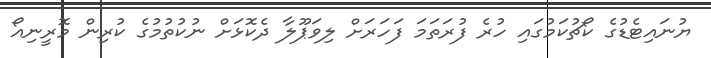
ޔުނައިޓެޑުގެ ކޯޗުކަމުގައި ހުރެ ފުރަތަމަ ފަހަރަށް ލިވަޕޫލާ ދެކޮޅަށް ނުކުތުމުގެ ކުރިން މޮރީނިއޯ